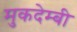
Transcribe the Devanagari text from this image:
मुकदेम्बी